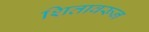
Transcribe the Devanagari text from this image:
शितावरून